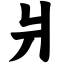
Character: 爿